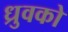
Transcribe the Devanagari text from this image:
ध्रुवको